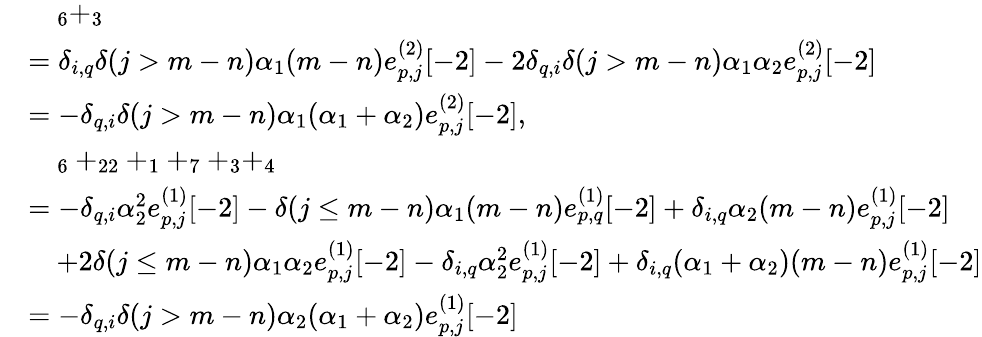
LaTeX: \begin{array}{rl}&{\quad_{6}+_{3}}\\ &{=\delta_{i,q}\delta(j>m-n)\alpha_{1}(m-n)e_{p,j}^{(2)}[-2]-2\delta_{q,i}\delta(j>m-n)\alpha_{1}\alpha_{2}e_{p,j}^{(2)}[-2]}\\ &{=-\delta_{q,i}\delta(j>m-n)\alpha_{1}(\alpha_{1}+\alpha_{2})e_{p,j}^{(2)}[-2],}\\ &{\quad_{6}+_{22}+_{1}+_{7}+_{3}+_{4}}\\ &{=-\delta_{q,i}\alpha_{2}^{2}e_{p,j}^{(1)}[-2]-\delta(j\leq m-n)\alpha_{1}(m-n)e_{p,q}^{(1)}[-2]+\delta_{i,q}\alpha_{2}(m-n)e_{p,j}^{(1)}[-2]}\\ &{\quad+2\delta(j\leq m-n)\alpha_{1}\alpha_{2}e_{p,j}^{(1)}[-2]-\delta_{i,q}\alpha_{2}^{2}e_{p,j}^{(1)}[-2]+\delta_{i,q}(\alpha_{1}+\alpha_{2})(m-n)e_{p,j}^{(1)}[-2]}\\ &{=-\delta_{q,i}\delta(j>m-n)\alpha_{2}(\alpha_{1}+\alpha_{2})e_{p,j}^{(1)}[-2]}\end{array}